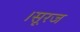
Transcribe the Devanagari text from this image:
।सूरज